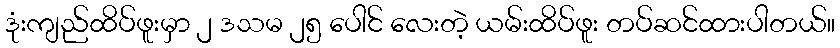
ဒုံးကျည်ထိပ်ဖူးမှာ ၂ ဒသမ ၂၅ ပေါင် လေးတဲ့ ယမ်းထိပ်ဖူး တပ်ဆင်ထားပါတယ်။